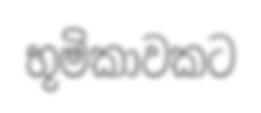
භූමිකාවකට